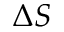
\Delta S